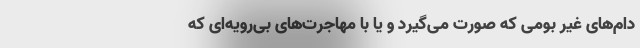
دام‌های غیر بومی که صورت می‌گیرد و یا با مهاجرت‌های بی‌رویه‌ای که